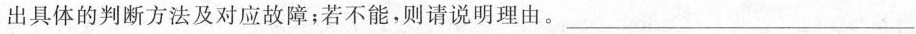
出具体的判断方法及对应故障；若不能，则请说明理由。___